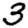
Digit: 3